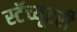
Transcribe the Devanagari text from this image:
स्टॅच्यूटरी